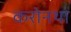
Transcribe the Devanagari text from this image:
करोनथा